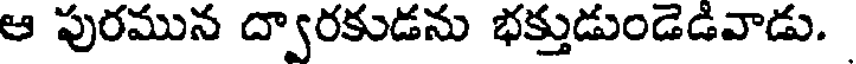
ఆ పురమున ద్వారకుడను భక్తుడుండెడివాడు.